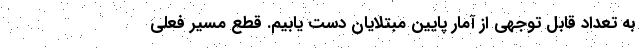
به تعداد قابل توجهی از آمار پایین مبتلایان دست یابیم. قطع مسیر فعلی